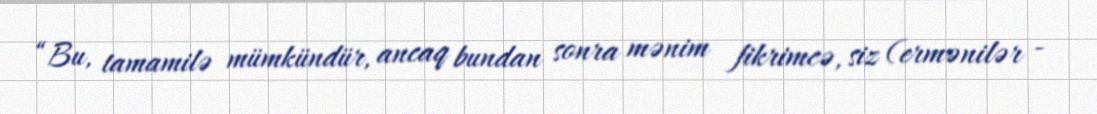
“Bu, tamamilə mümkündür, ancaq bundan sonra mənim fikrimcə, siz (ermənilər -